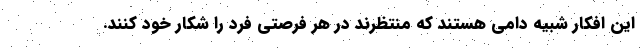
این افکار شبیه دامی هستند که منتظرند در هر فرصتی فرد را شکار خود کنند.